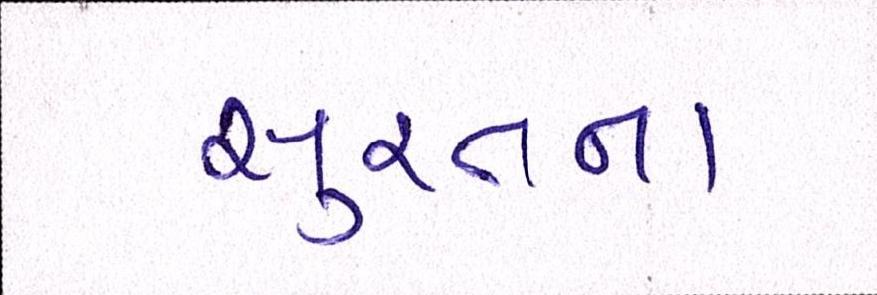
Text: સુરતના